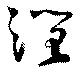
躍